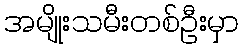
အမျိုးသမီးတစ်ဦးမှာ